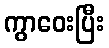
ကွာဝေးပြီး